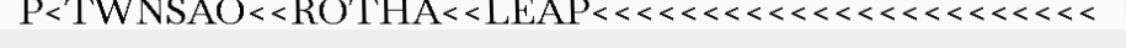
P<TWNSAO<<ROTHA<<LEAP<<<<<<<<<<<<<<<<<<<<<<<